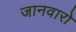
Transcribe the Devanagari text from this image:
जानवारो